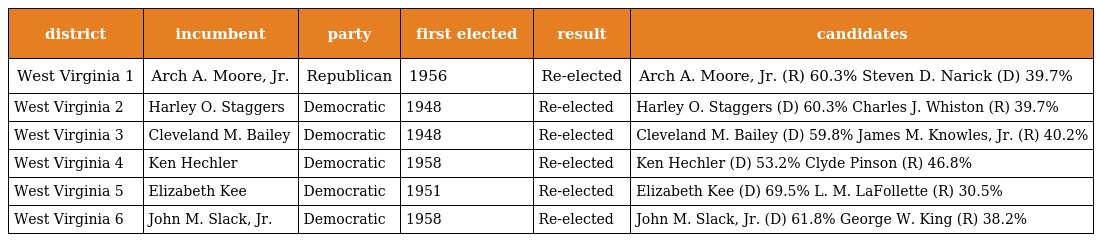
| district | incumbent | party | first elected | result | candidates |
 | --- | --- | --- | --- | --- | --- |
 | West Virginia 1 | Arch A. Moore, Jr. | Republican | 1956 | Re-elected | Arch A. Moore, Jr. (R) 60.3% Steven D. Narick (D) 39.7% |
 | West Virginia 2 | Harley O. Staggers | Democratic | 1948 | Re-elected | Harley O. Staggers (D) 60.3% Charles J. Whiston (R) 39.7% |
 | West Virginia 3 | Cleveland M. Bailey | Democratic | 1948 | Re-elected | Cleveland M. Bailey (D) 59.8% James M. Knowles, Jr. (R) 40.2% |
 | West Virginia 4 | Ken Hechler | Democratic | 1958 | Re-elected | Ken Hechler (D) 53.2% Clyde Pinson (R) 46.8% |
 | West Virginia 5 | Elizabeth Kee | Democratic | 1951 | Re-elected | Elizabeth Kee (D) 69.5% L. M. LaFollette (R) 30.5% |
 | West Virginia 6 | John M. Slack, Jr. | Democratic | 1958 | Re-elected | John M. Slack, Jr. (D) 61.8% George W. King (R) 38.2% |